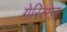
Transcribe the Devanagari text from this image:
गेरित्स्ज़